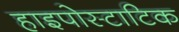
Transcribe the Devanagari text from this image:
हाइपोस्टाटिक